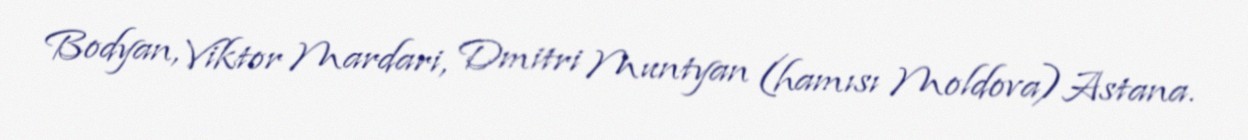
Bodyan, Viktor Mardari, Dmitri Muntyan (hamısı Moldova)Astana.